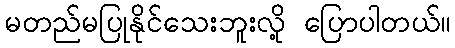
မတည်မပြုနိုင်သေးဘူးလို့ ပြောပါတယ်။